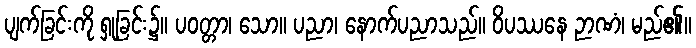
ပျက်ခြင်းကို ရှုခြင်း၌။ ပဝတ္တာ၊ သော။ ပညာ၊ နောက်ပညာသည်။ ဝိပဿနေ ဉာဏံ၊ မည်၏။